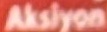
Akslyon